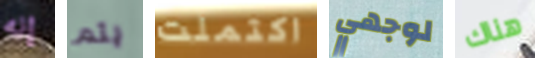
إنه يتم اكتملت لوجهي هناك